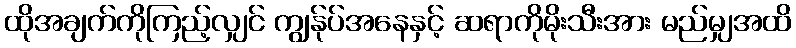
ထိုအချက်ကိုကြည့်လျှင် ကျွန်ုပ်အနေနှင့် ဆရာကိုမိုးသီးအား မည်မျှအထိ